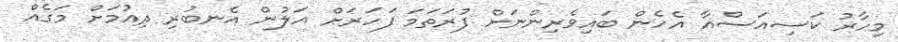
މިހާރު ކަސިއަސްއާ އެހެން ބައިވެރިންނަށް ފުރަތަމަ ފަހަރަށް އަލުން އެނބުރި ދިއުމަށް މަގެއް